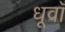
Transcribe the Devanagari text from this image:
धूवाँ